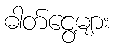
ဓါတ်ငွေ့များ